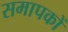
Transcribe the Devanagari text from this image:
समापकों